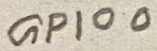
Text: GPIO0